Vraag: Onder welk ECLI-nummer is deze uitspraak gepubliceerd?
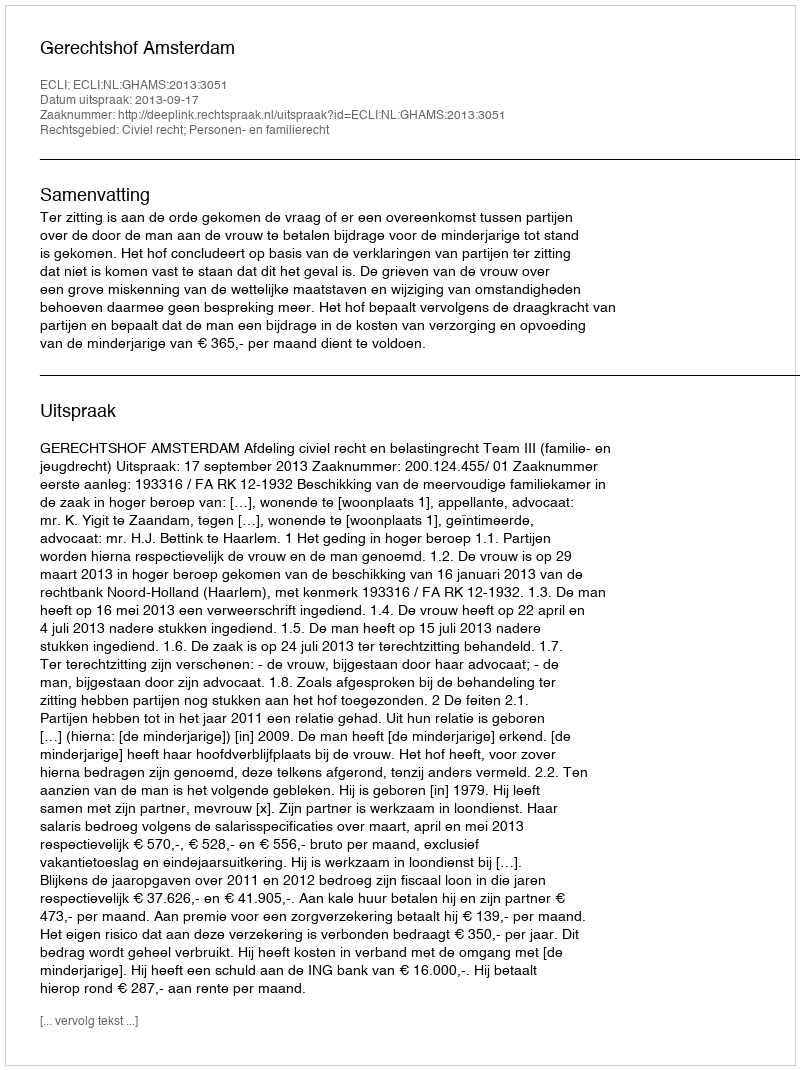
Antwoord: ECLI:NL:GHAMS:2013:3051